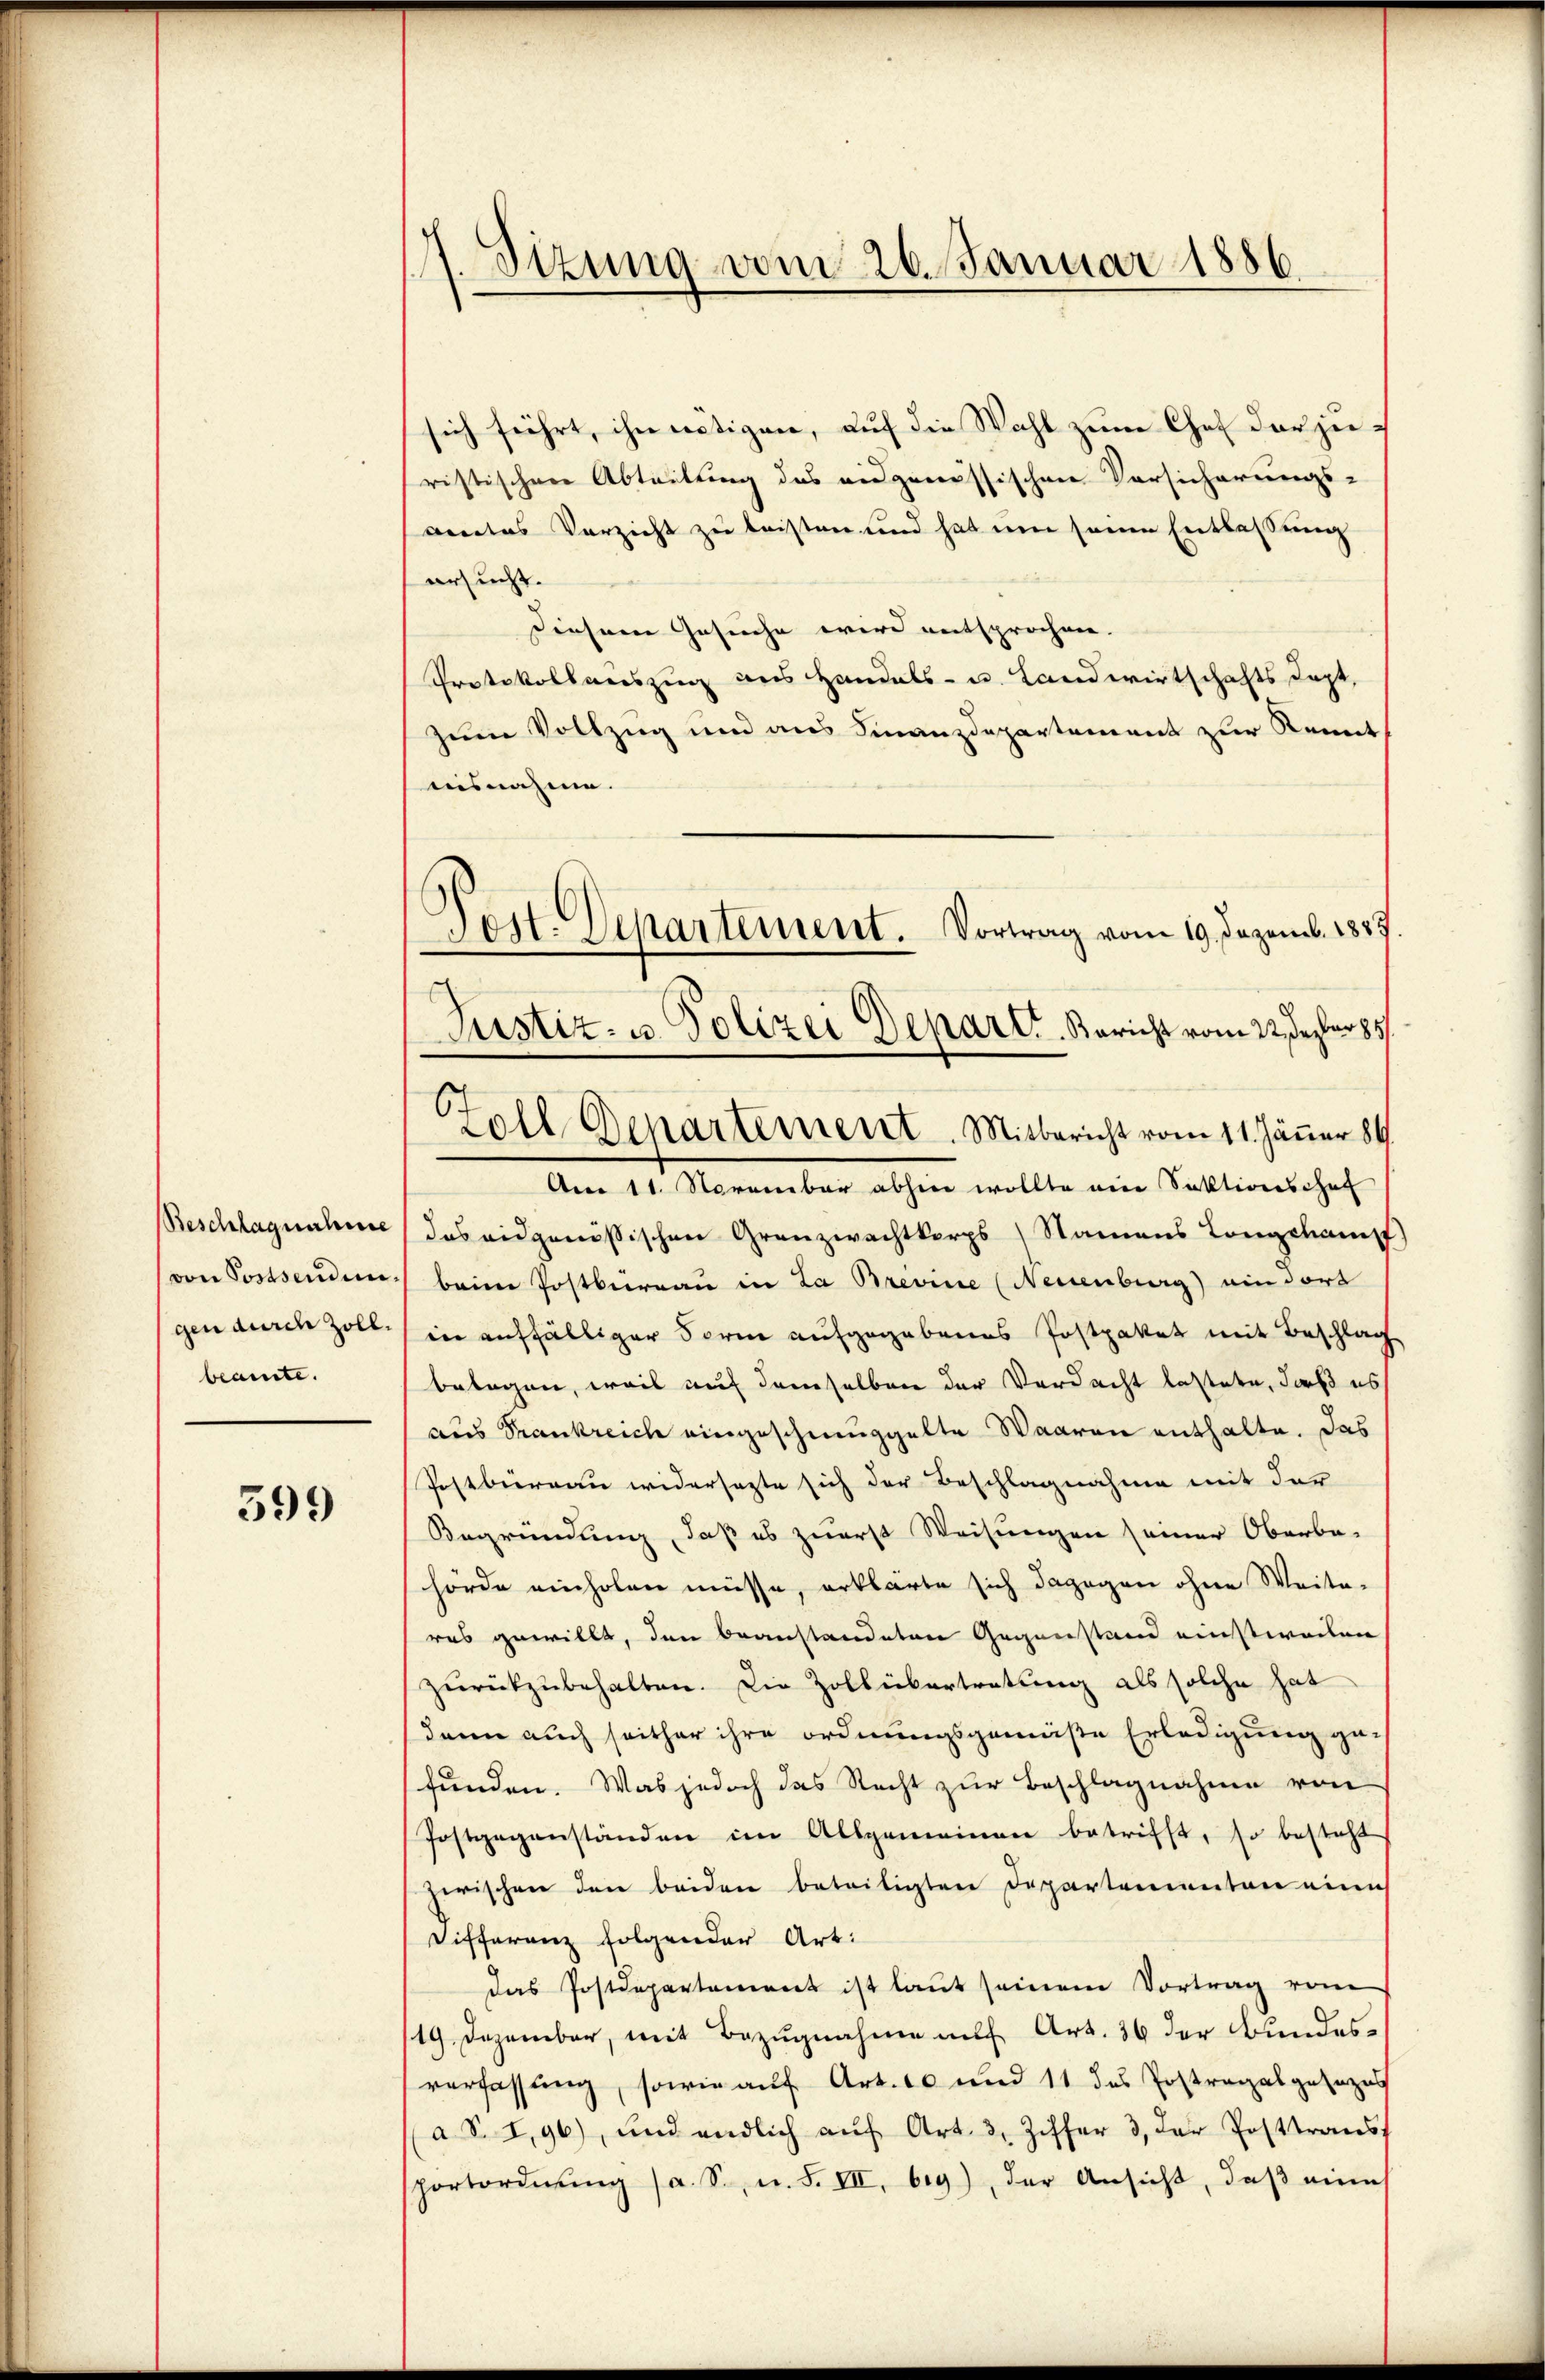
Beschlagnahme
von Postsenden.
gen durch Zoll.
beamte.

599

1. Sizung vom 26. Januar 1886.

sich führt, ihn nötigen, auf die Wahl zum Chef der zuristischen Abteilung des eidgenössischen Vorsicherungs-
ventes Verzicht zu leisten und hat um seine Entlassung
ersucht.
Diesem Gesuche wird entsprochen.
Protokollauszug aus Handels- u. Landwirtschaftsdept,
zum Vollzug und aus Finanzdepartement zur Kennt
aisnahme.
Am 11. November abhin wollte eine Faktionschaf
das eidgenössischen Granzwachtkorps (Namens Longchampt)
beim Postbureau in La Brevine (Neuenburg) ein dort
in auffälliger Form aufgegebenes Postpaket mit Beschlag
belegen, weil auf demselben der Verdacht lastete, daß es
aus Frankreich eingeschmuggelte Waaren enthalte. Das
Postbüreau widersagte sich der Beschlagnahme mit der
Begründung, daß es zuerst Weisungen seiner Oberbe-
hörde einholen müsse, erklärte sich dagegen ohne Weite-
res gewillt, den beanstandeten Gegenstand einstweilen
zŭrückzubehalten. Die Zollübertretung als solche hat
dann auch seither ihre ordnungsgemäße Erledigung ge-
funden. Was jedoch das Recht zur Beschlagnahme von
Postgegenständen im Allgemeinen betrifft, so besteht
zwischen den beiden beteiligten Departementen eine
Differenz folgender Art.
das Postdepartement ist laŭt seinem Vortrag vom
/19. Dezember, mit Bezugnahme auf Art. 36 der Bundesverfassung, sowie auf Art. 10 und 11 das Postragalgesezes
a S. I,96), und endlich aŭf Art. 3, Ziffer 3, der Posttrans
sportordnŭng (a. S., n. F. III. big), der Ansicht, daβ eine

Test. Departement. Vortrag vom 19. Dezemb. 1887.
Justiz- u. Polizei Deparir. Bericht vom 22. Dezbr 857.
Zoll Departement. Mitbericht vom 11. Jänner 84